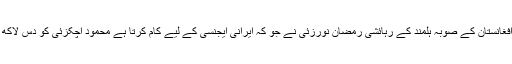
اس میں بتایا گیا کہ افغانستان کے صوبہ ہلمند کے رہائشی رمضان نورزئی نے جو کہ ایرانی ایجنسی کے لیے کام کرتا ہے محمود اچکزئی کو دس لاکھ ڈالر کی ادائیگی کی۔